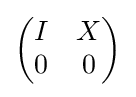
{\begin{pmatrix}I&X\\0&0\end{pmatrix}}